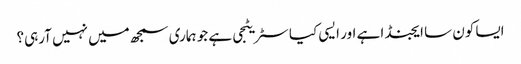
ایسا کون سا ایجنڈا ہے اور ایسی کیا سٹریٹجی ہے جو ہماری سمجھ میں نہیں آرہی؟